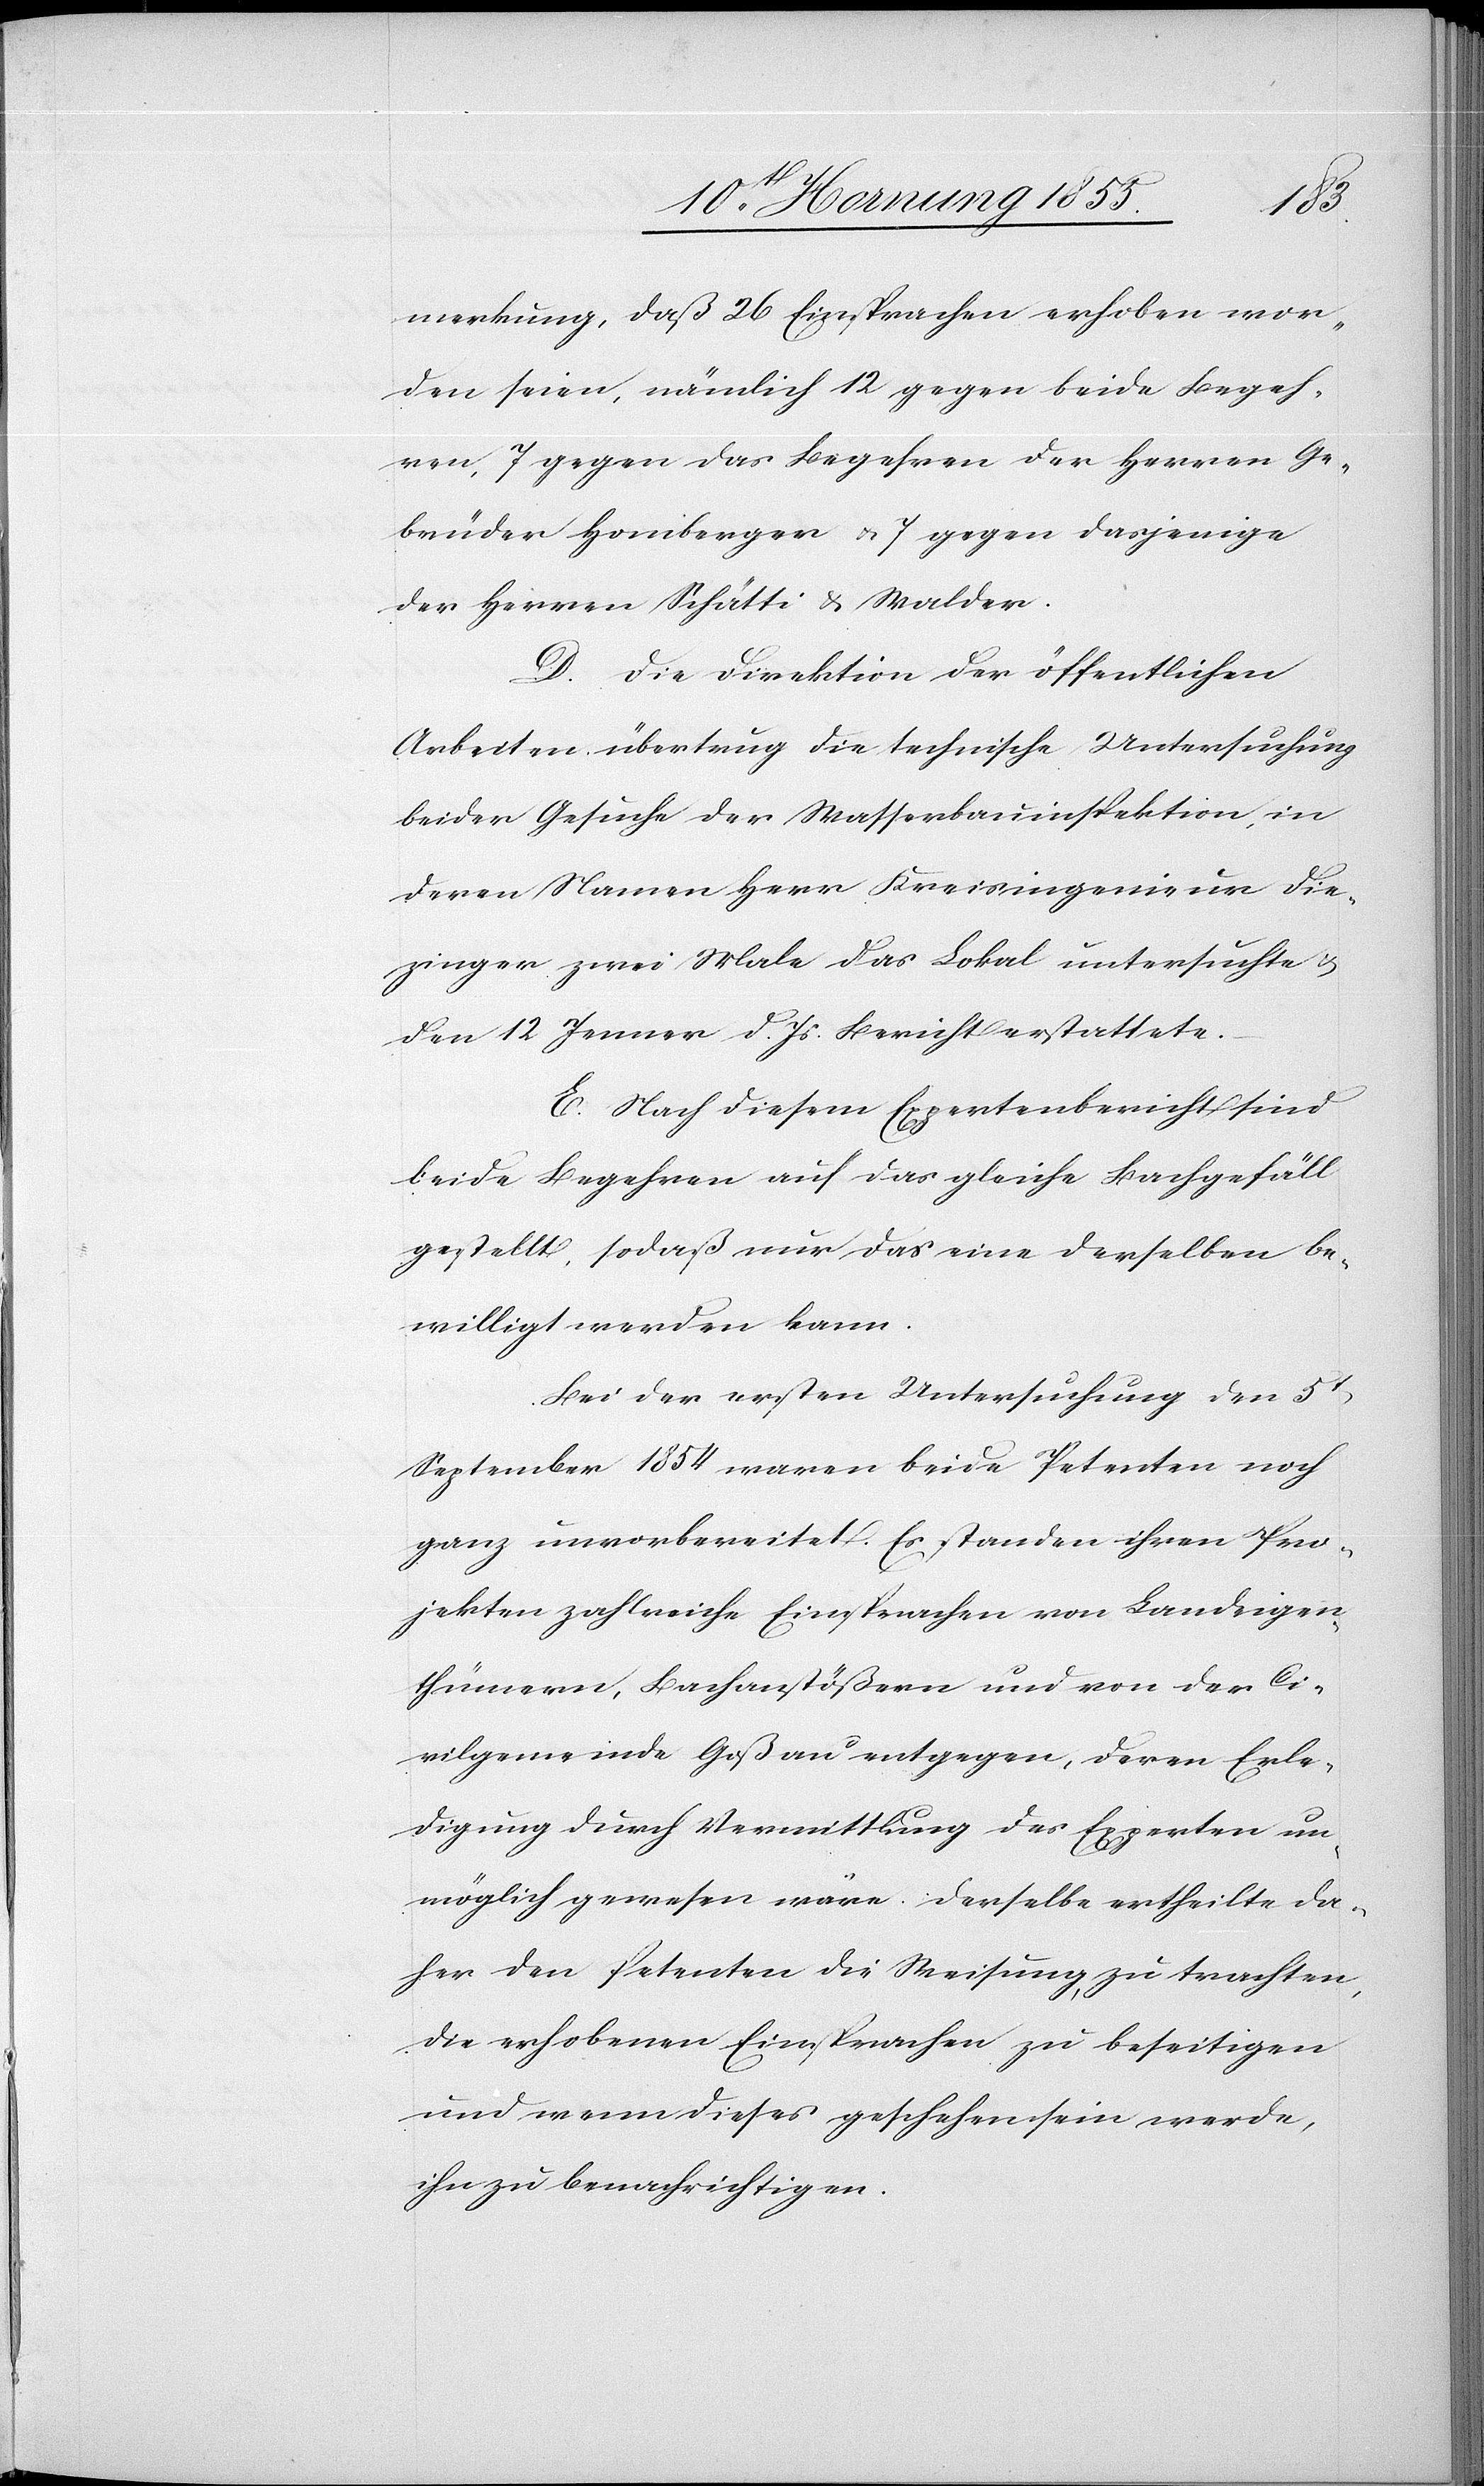
merkung, daß 26 Einsprachen erhoben wor¬
den seien, nämlich 12 gegen beide Begeh¬
ren, 7 gegen das Begehren der Herren Ge¬
brüder Homberger & 7 gegen dasjenige
der Herren Schätti & Walder.
D. Die Direktion der öffentlichen
Arbeiten übertrug die technische Untersuchung
beider Gesuche der Wasserbauinspektion, in
deren Namen Herr Kreisingenieur Die¬
zinger zwei Male das Lokal untersuchte &
den 12 Jenner d. Js. Bericht erstattete.
E. Nach diesem Expertenbericht sind
beide Begehren auf das gleiche Bachgefäll
gestellt, sodaß nur das eine derselben be¬
willigt werden kann.
Bei der ersten Untersuchung den 5t
September 1854 waren beide Petenten noch
ganz unvorbereitet. Es standen ihren Pro¬
jekten zahlreiche Einsprachen von Landeigen¬
thümern, Bachanstößern und von der Ci¬
vilgemeinde Goßau entgegen, deren Erle¬
digung durch Vermittlung des Experten un¬
möglich gewesen wäre. Derselbe ertheilte da¬
her den Petenten die Weisung, zu trachten,
die erhobenen Einsprachen zu beseitigen
und wenn dieses geschehen sein werde,
ihn zu benachrichtigen.